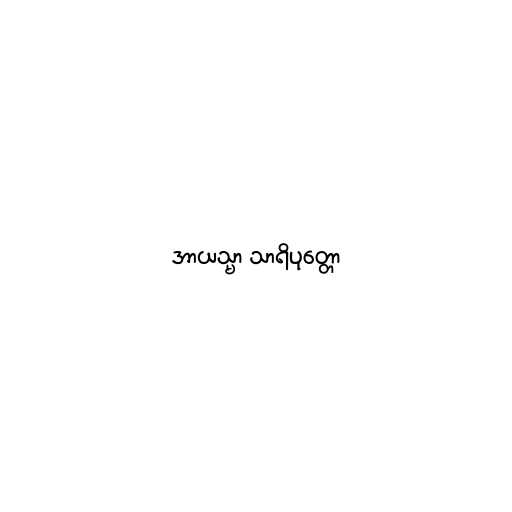
အာယသ္မာ သာရိပုတ္တော